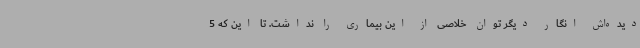
دیده‌اش انگار دیگر توان خلاصی از این بیماری را نداشت. تا این که 5